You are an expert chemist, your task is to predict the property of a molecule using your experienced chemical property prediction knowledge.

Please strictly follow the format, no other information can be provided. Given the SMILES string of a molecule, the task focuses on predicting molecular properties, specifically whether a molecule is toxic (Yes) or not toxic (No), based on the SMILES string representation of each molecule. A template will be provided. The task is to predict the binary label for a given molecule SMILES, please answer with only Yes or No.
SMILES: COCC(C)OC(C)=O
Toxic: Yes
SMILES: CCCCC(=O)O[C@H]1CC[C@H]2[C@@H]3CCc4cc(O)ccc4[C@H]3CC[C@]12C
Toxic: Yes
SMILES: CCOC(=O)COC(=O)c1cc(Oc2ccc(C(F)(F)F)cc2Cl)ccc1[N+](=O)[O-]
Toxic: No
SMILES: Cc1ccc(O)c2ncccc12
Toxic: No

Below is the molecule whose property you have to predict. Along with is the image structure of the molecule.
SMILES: NC1CCCCC1.NC1CCCCC1.O=P(O)(O)OC[C@H](O)CO
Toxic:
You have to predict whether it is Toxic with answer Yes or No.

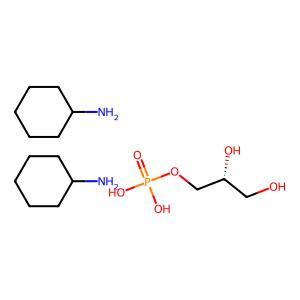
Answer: No